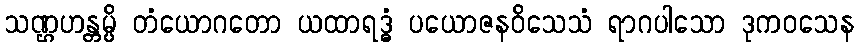
သဏ္ဌဟန္တမ္ပိ တံယောဂတော ယထာရဒ္ဓံ ပယောဇနဝိသေသံ ရာဂပါသော ဒုကဝသေန